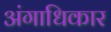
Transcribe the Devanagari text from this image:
अंगाधिकार